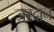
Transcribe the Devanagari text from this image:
ज़रदान